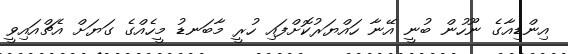
އިންޑިއާގެ ނޫހުން ބުނީ އޭނާ ހައްޔަރުކޮށްފައި ހުރީ މާބަނޑު މީހެއްގެ ގަޔަށް އެޗްއައިވީ